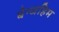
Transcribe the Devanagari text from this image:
बेन्जहिम